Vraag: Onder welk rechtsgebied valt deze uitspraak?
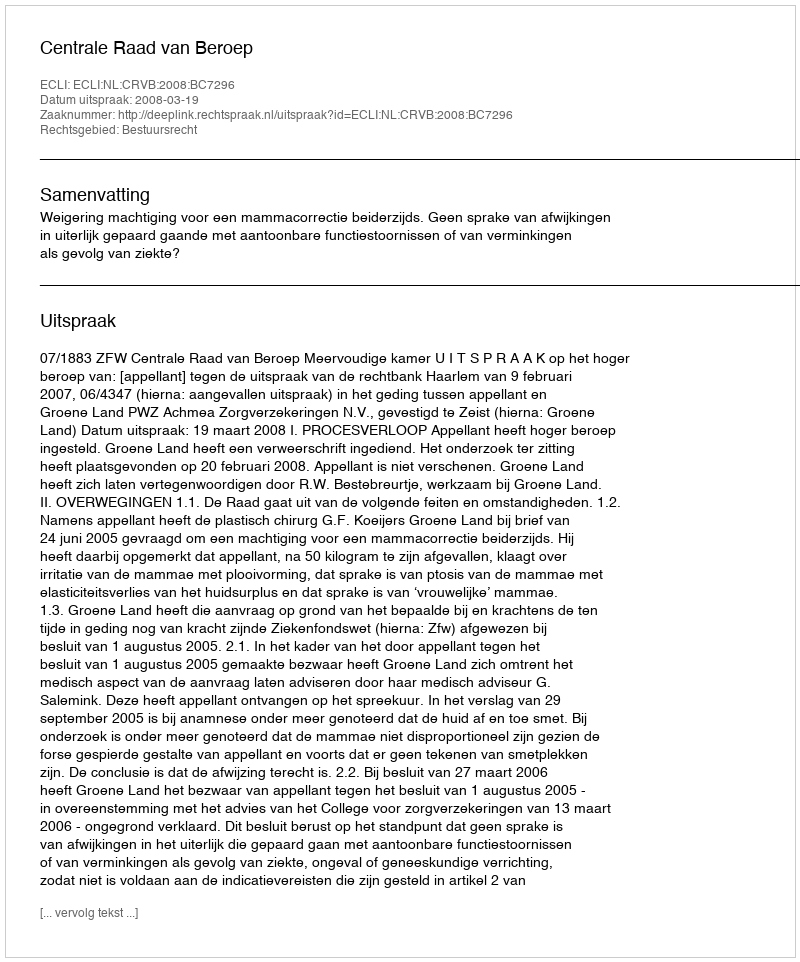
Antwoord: Bestuursrecht